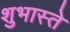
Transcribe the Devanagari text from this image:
शुभास्ते